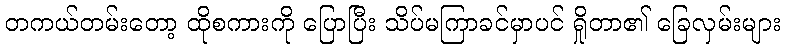
တကယ်တမ်းတော့ ထိုစကားကို ပြောပြီး သိပ်မကြာခင်မှာပင် ရှိုတာ၏ ခြေလှမ်းများ